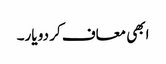
ابھی معاف کر دو یار۔